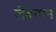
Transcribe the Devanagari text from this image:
लेवनान